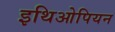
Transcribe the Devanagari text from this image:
इथिओपियन